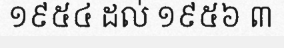
១៩៥៤ ដល់ ១៩៥៦ ៣